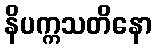
နိပက္ကသတိနော